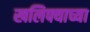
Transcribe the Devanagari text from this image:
खलिफ्याच्या